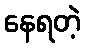
နေရတဲ့